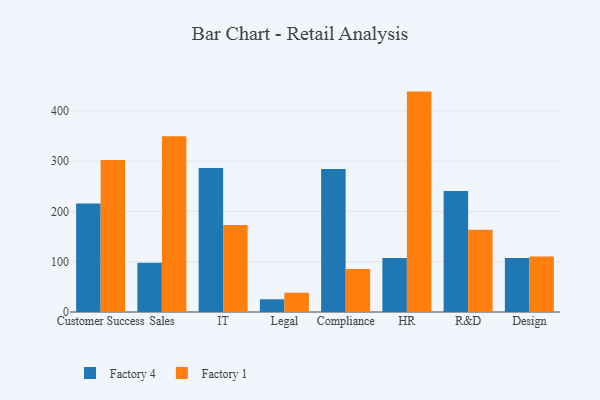
{"axis": {"x": "Department", "y": "Market Share (%)"}, "legend": ["Factory 1", "Factory 4"], "data": [{"x": "Customer Success", "y": 215.7, "type": "Factory 4"}, {"x": "Customer Success", "y": 302.1, "type": "Factory 1"}, {"x": "Sales", "y": 98.1, "type": "Factory 4"}, {"x": "Sales", "y": 349.7, "type": "Factory 1"}, {"x": "IT", "y": 286.3, "type": "Factory 4"}, {"x": "IT", "y": 173.2, "type": "Factory 1"}, {"x": "Legal", "y": 25.3, "type": "Factory 4"}, {"x": "Legal", "y": 38.4, "type": "Factory 1"}, {"x": "Compliance", "y": 284.5, "type": "Factory 4"}, {"x": "Compliance", "y": 85.3, "type": "Factory 1"}, {"x": "HR", "y": 107.2, "type": "Factory 4"}, {"x": "HR", "y": 438.3, "type": "Factory 1"}, {"x": "R&D", "y": 240.6, "type": "Factory 4"}, {"x": "R&D", "y": 163.4, "type": "Factory 1"}, {"x": "Design", "y": 107.2, "type": "Factory 4"}, {"x": "Design", "y": 110.4, "type": "Factory 1"}]}